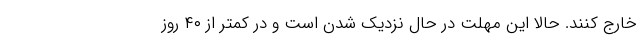
خارج کنند. حالا این مهلت در حال نزدیک شدن است و در کمتر از ۴۰ روز